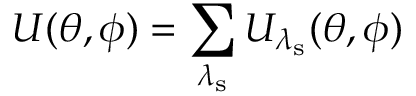
U ( \theta , \phi ) = \sum _ { \lambda _ { \mathrm { s } } } U _ { \lambda _ { \mathrm { s } } } ( \theta , \phi )